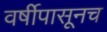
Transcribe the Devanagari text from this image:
वर्षीपासूनच